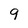
Character: 9